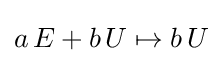
a\,E+b\,U\mapsto b\,U